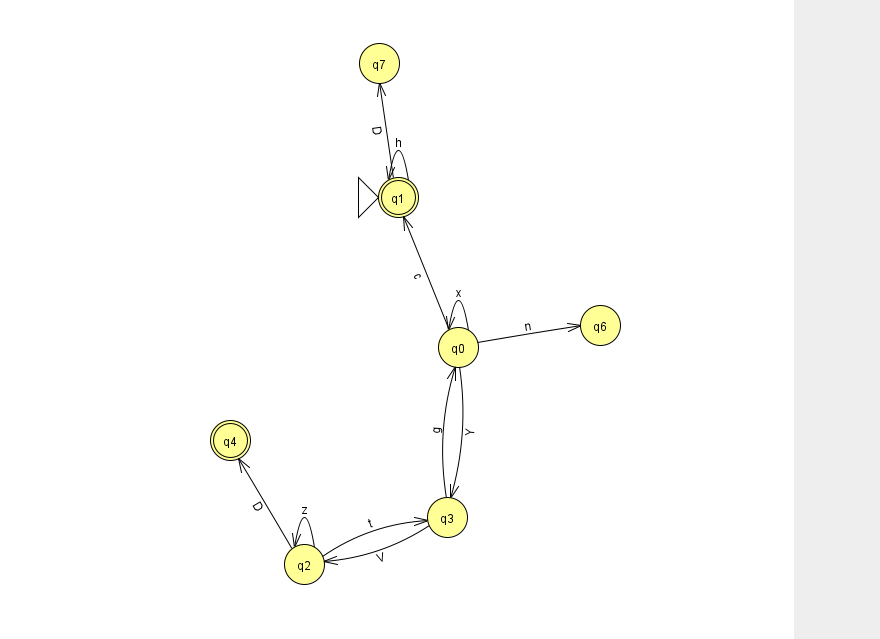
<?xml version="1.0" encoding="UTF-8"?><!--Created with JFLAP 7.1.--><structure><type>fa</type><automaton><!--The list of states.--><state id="0" name="q0"><x>458.0</x><y>334.0</y></state><state id="1" name="q1"><x>398.0</x><y>184.0</y><initial/><final/></state><state id="2" name="q2"><x>304.0</x><y>551.0</y></state><state id="3" name="q3"><x>447.0</x><y>504.0</y></state><state id="4" name="q4"><x>230.0</x><y>427.0</y><final/></state><state id="6" name="q6"><x>600.0</x><y>312.0</y></state><state id="7" name="q7"><x>379.0</x><y>50.0</y></state><!--The list of transitions.--><transition><from>0</from><to>3</to><read>Y</read></transition><transition><from>0</from><to>1</to><read>c</read></transition><transition><from>0</from><to>6</to><read>n</read></transition><transition><from>2</from><to>4</to><read>D</read></transition><transition><from>0</from><to>0</to><read>x</read></transition><transition><from>1</from><to>1</to><read>h</read></transition><transition><from>3</from><to>0</to><read>g</read></transition><transition><from>2</from><to>3</to><read>t</read></transition><transition><from>2</from><to>2</to><read>z</read></transition><transition><from>3</from><to>2</to><read>V</read></transition><transition><from>1</from><to>7</to><read>D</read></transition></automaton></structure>